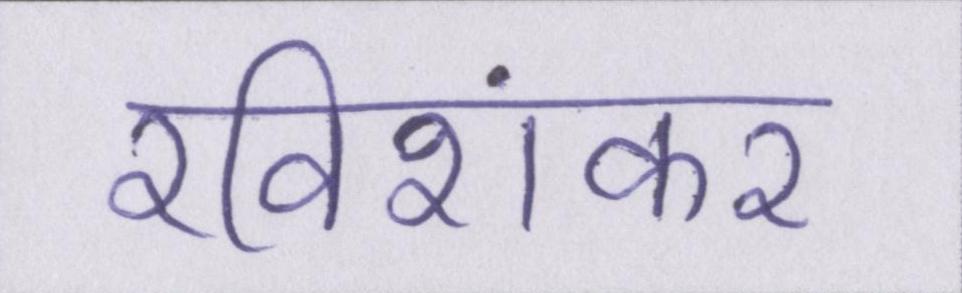
रविशंकर